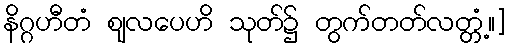
နိဂ္ဂဟီတံ ဈလပေဟိ သုတ်၌ တွက်တတ်လတ္တံ့။]